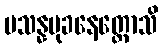
ပသန္နမုခနေတ္တောသိ